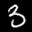
Label: 3